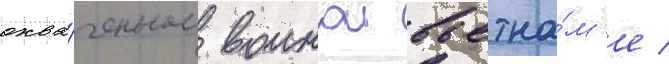
охва́ченном воинои вьетна́м'е /